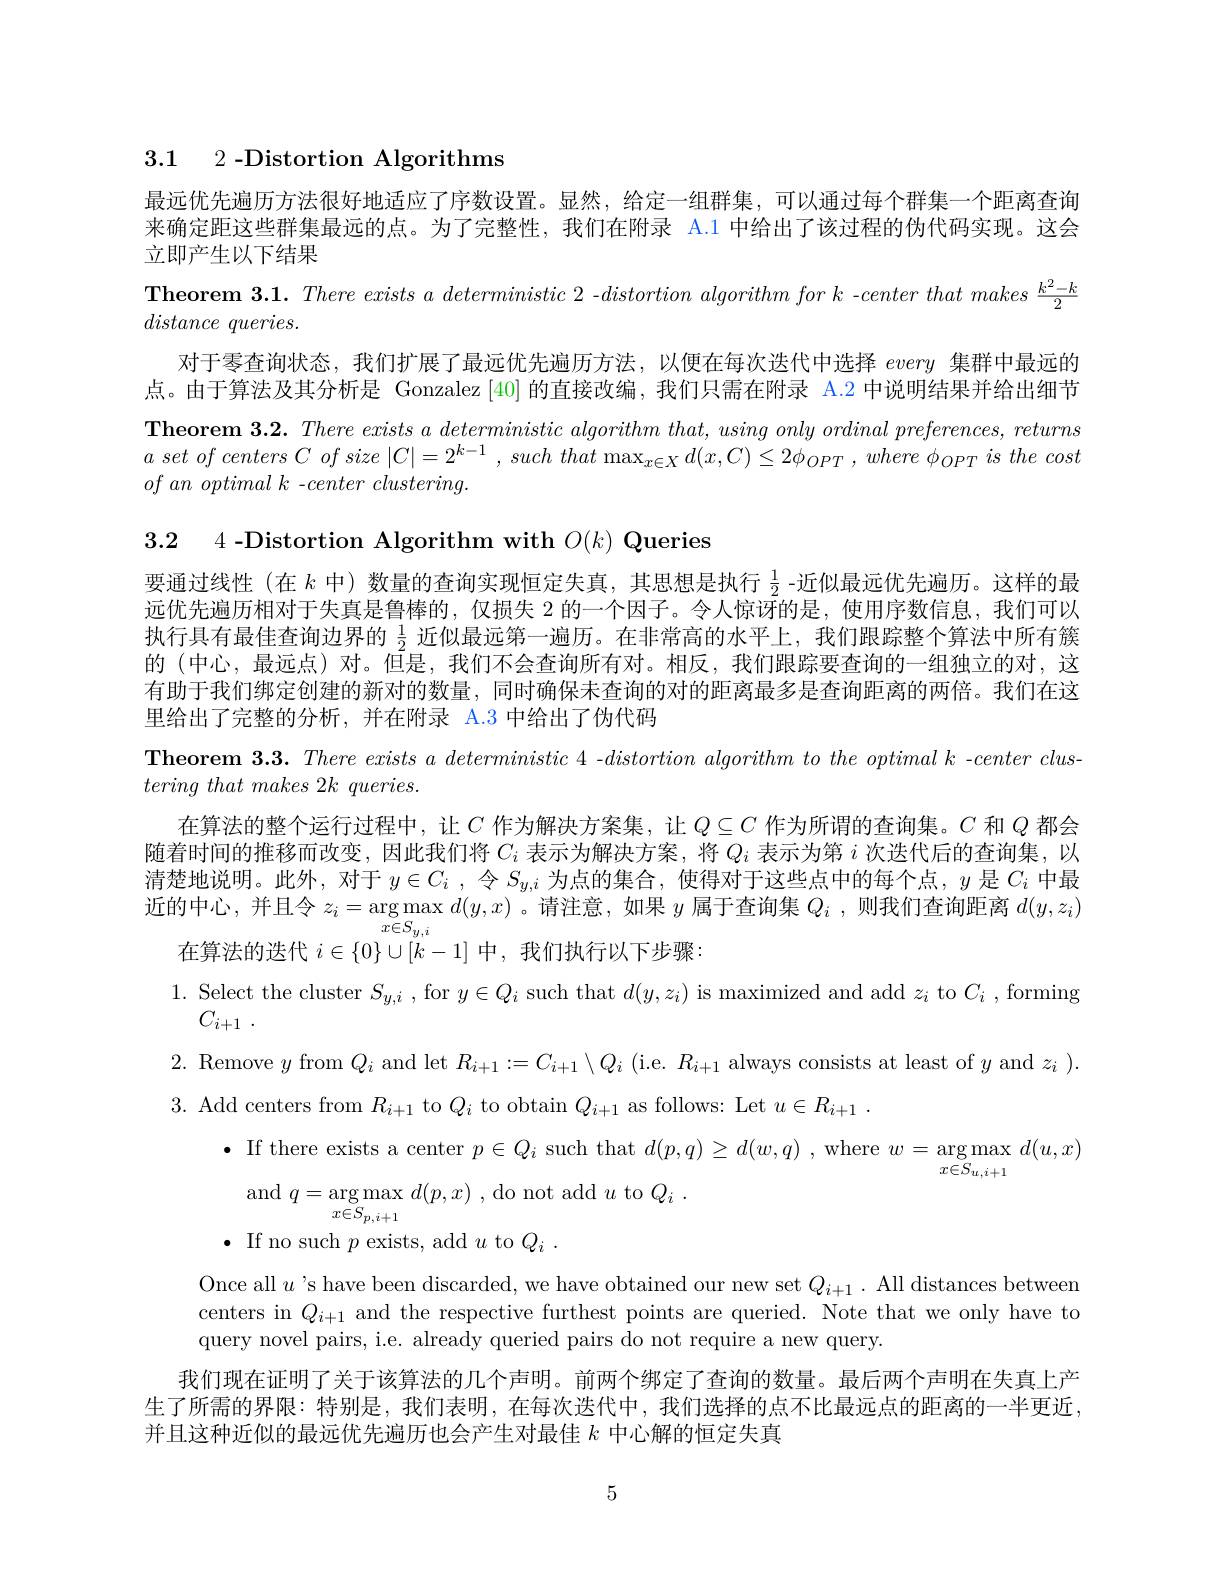
3.1 2 -Distortion Algorithms

最远优先遍历方法很好地适应了序数设置。显然，给定一组群集，可以通过每个群集一个距离查询来确定距这些群集最远的点。为了完整性，我们在附录 A.1 中给出了该过程的伪代码实现。这会立即产生以下结果
$\textbf{Theorem 3. 1. There exists a deterministic 2 - }distortion\textit{ algorithm for k - center that makes }\frac {k^2- k}2$
$distance~queries.$
对于零查询状态，我们扩展了最远优先遍历方法，以便在每次迭代中选择every集群中最远的点。由于算法及其分析是 Gonzalez [40]的直接改编，我们只需在附录 A.2 中说明结果并给出细节$\textbf{Theorem 3. 2. There exists a deterministic algorithm that, using only ordinal preferences, returns}$ $a$ set $of$ centers $C$ $of$ size $| C| = 2^{k- 1}$ , such that $\max _{x\in X}$ $d( x, C) \leq 2\phi _{OPT}$ , where $\phi _{OPT}$ $is$ the cost $of$ $an$ optimal $k$ $- center$ $clustering.$

3.2 4 -Distortion Algorithm with $O(k)$ Queries
要通过线性(在$k$中) 数量的查询实现恒定失真，其思想是执行$\frac12$ -近似最远优先遍历。这样的最远优先遍历相对于失真是鲁棒的，仅损失 2 的一个因子。令人惊讶的是，使用序数信息，我们可以执行具有最佳查询边界的$\frac12$近似最远第一遍历。在非常高的水平上，我们跟踪整个算法中所有簇的 (中心，最远点) 对。但是，我们不会查询所有对。相反，我们跟踪要查询的一组独立的对，这有助于我们绑定创建的新对的数量，同时确保未查询的对的距离最多是查询距离的两倍。我们在这里给出了完整的分析，并在附录 A.3 中给出了伪代码
Theorem $3. 3. \textit{ There exists a deterministic 4 - }distortion\textit{algorithm to the optimal k - center clus- }$
$tering~that~makes~2k~queries.$
在算法的整个运行过程中，让$C$作为解决方案集，让$Q\subseteq C$作为所谓的查询集。$C$和$Q$都会随着时间的推移而改变，因此我们将$C_i$表示为解决方案，将$Q_i$表示为第$i$次迭代后的查询集，以清楚地说明。此外，对于$y\in C_i$ ,令$S_{y,i}$为点的集合，使得对于这些点中的每个点，$y$是$C_i$中最近的中心，并且令$z_i=\arg\max d(y,x)$。请注意，如果$y$属于查询集$Q_i$ ,则我们查询距离$d(y,z_i)$
在算法的迭代$i\in\{0\}\cup[k-1]$中，我们执行以下步骤：
$\begin{array}{l}1.&\text{Select the cluster }S_{y,i}\:,\mathrm{~for~}y\in Q_{i}\text{ such that }d(y,z_{i})\text{ is maximized and add }z_{i}\text{ to }C_{i}\:,\text{forming}\\C_{i+1}\:.\end{array}$ 2. Remove $y$ from $Q_i$ and let $R_i+1:=C_{i+1}\setminus Q_i$ (i.e. $R_i+1$ always consists at least of $y$ and $z_i).$ 3. Add centers from $R_i+1$ to $Q_i$ to obtain $Q_i+1$ as follows: Let $u\in R_i+1.$
$\bullet$ If there exists a center $p\in Q_i$ such that $d(p,q)\geq d(w,q)$ , where $w=\arg\max d(u,x)$
and $q=\operatorname*{arg}_{x\in\mathcal{S}}\operatorname*{max}_{x\in\mathcal{S}}d(p,x)$ , do not add $u$ to $Q_i.$
$\bullet$ If no such $p$ exists, add $u$ to $Q_i.$
Once all $u’$s have been discarded, we have obtained our new set $Q_i+1.$ All distances between centers in $Q_{i+1}$ and the respective furthest points are queried. Note that we only have to query novel pairs, i.e. already queried pairs do not require a new query.
我们现在证明了关于该算法的几个声明。前两个绑定了查询的数量。最后两个声明在失真上产生了所需的界限：特别是，我们表明，在每次迭代中，我们选择的点不比最远点的距离的一半更近， 并且这种近似的最远优先遍历也会产生对最佳$k$中心解的恒定失真

5